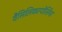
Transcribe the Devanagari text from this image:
वैसिलिकापोर्सिया